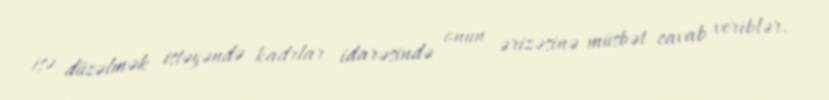
işə düzəlmək istəyəndə kadrlar idarəsində onun ərizəsinə müsbət cavab veriblər.